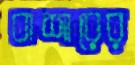
বাশারের